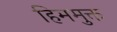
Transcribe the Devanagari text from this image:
हिममुक्त